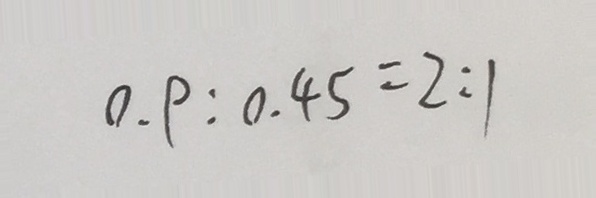
0 . \rho : 0 . 4 5 = 2 : 1